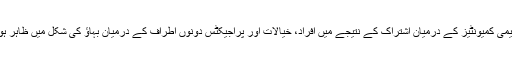
جدید تعریف کے مطابق دو یا اس سے زیادہ ممالک کی تعلیمی کمیونٹیز کے درمیان اشتراک کے نتیجے میں افراد، خیالات اور پراجیکٹس دونوں اطراف کے درمیان بہاؤ کی شکل میں ظاہر ہوں اور جس کے نتیجے میں نئے منصوبے ظہور پذیر ہوں۔